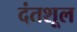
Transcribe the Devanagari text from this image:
दंतशूल